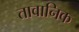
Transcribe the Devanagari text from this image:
तावानिक